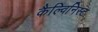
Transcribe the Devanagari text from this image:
कैल्विनिस्ट